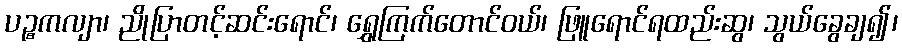
ပဉ္စကလျာ၊ ညိုပြာတင့်ဆင်းရောင်၊ ရွှေကြက်တောင်ဝယ်၊ ဖြူရောင်ရထည်းဆွ၊ သွယ်ခွေချ၍၊